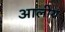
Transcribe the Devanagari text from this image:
आलीय